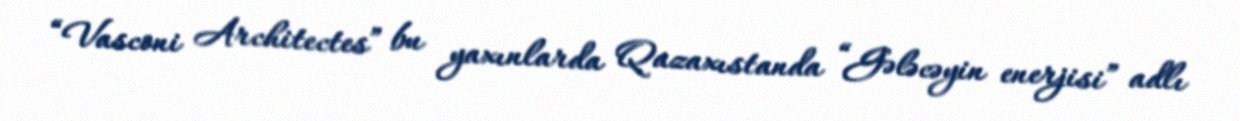
“Vasconi Architectes” bu yaxınlarda Qazaxıstanda “Gələcəyin enerjisi” adlı